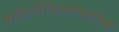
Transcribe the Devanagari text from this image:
मालिनीविजयवार्तिक